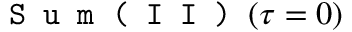
\texttt { S u m ( I I ) } ( \tau = 0 )